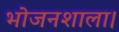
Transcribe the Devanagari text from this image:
भोजनशाला।